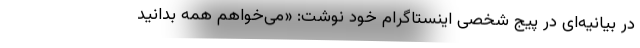
در بیانیه‌ای در پیج شخصی اینستاگرام خود نوشت: «می‌خواهم همه بدانید